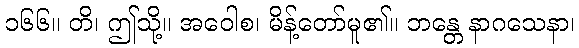
၁၆၆။ တိ၊ ဤသို့။ အဝေါစ၊ မိန့်တော်မူ၏။ ဘန္တေ နာဂသေနာ၊